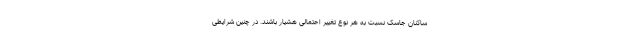
ساکنان جاسک نسبت به هر نوع تغییر احتمالی هشیار باشند. در چنین شرایطی